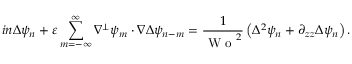
i n \Delta \psi _ { n } + \varepsilon \sum _ { m = - \infty } ^ { \infty } \nabla ^ { \perp } \psi _ { m } \cdot \nabla \Delta \psi _ { n - m } = \frac { 1 } { \textrm { W o } ^ { 2 } } \left( \Delta ^ { 2 } \psi _ { n } + \partial _ { z z } \Delta \psi _ { n } \right) .